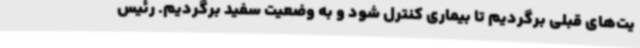
یت‌های قبلی برگردیم تا بیماری کنترل شود و به وضعیت سفید برگردیم. رئیس